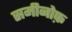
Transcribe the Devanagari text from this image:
समीनोफ़